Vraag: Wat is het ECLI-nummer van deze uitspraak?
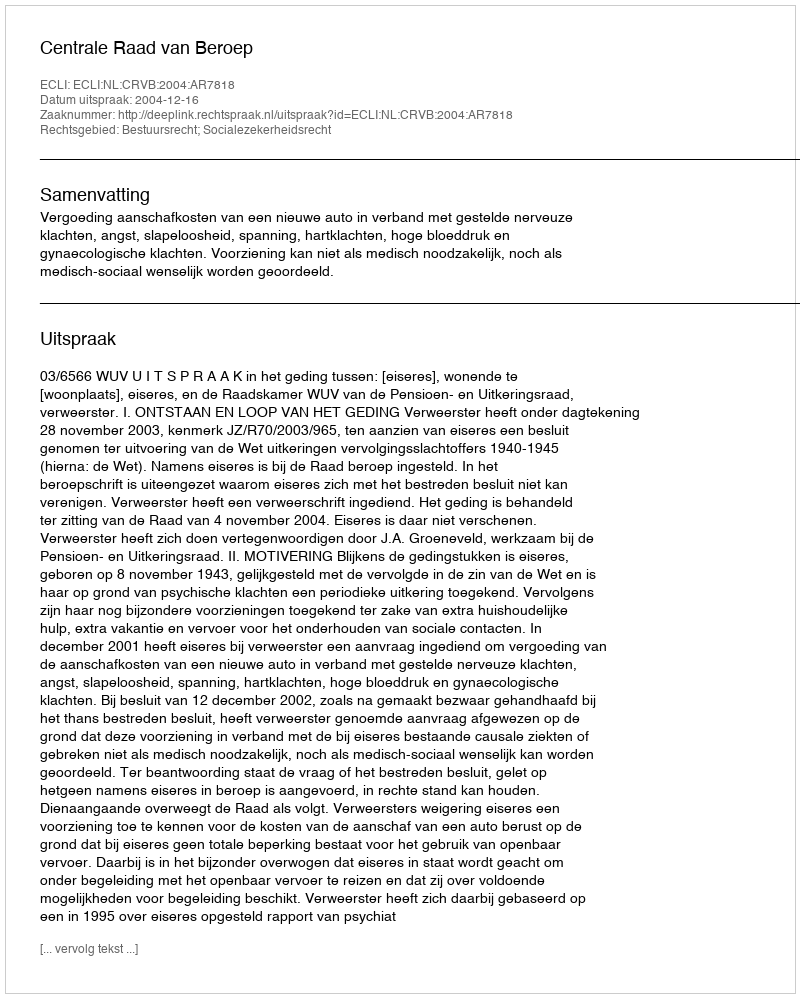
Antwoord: ECLI:NL:CRVB:2004:AR7818